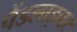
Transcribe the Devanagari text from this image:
पेंडलाइनर